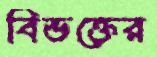
বিভক্তের